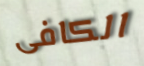
الكافى